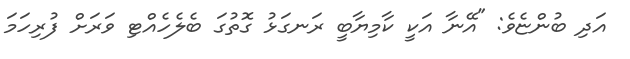
އަދި ބުންޏެވެ: "އޭނާ އަކީ ކާމިޔާބީ ރަނގަޅު ގޮތުގަ ބެލެހެއްޓި ވަރަށް ފުރިހަމަ